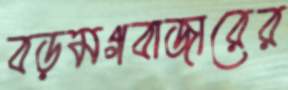
বড়মগবাজারের